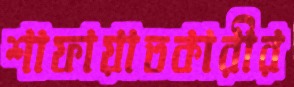
শাফায়াতকারীর